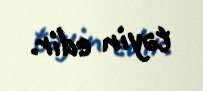
təyin edir.